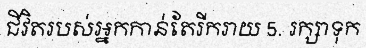
ជីវិតរបស់អ្នកកាន់តែរីករាយ 5. រក្សាទុក